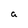
Character: a